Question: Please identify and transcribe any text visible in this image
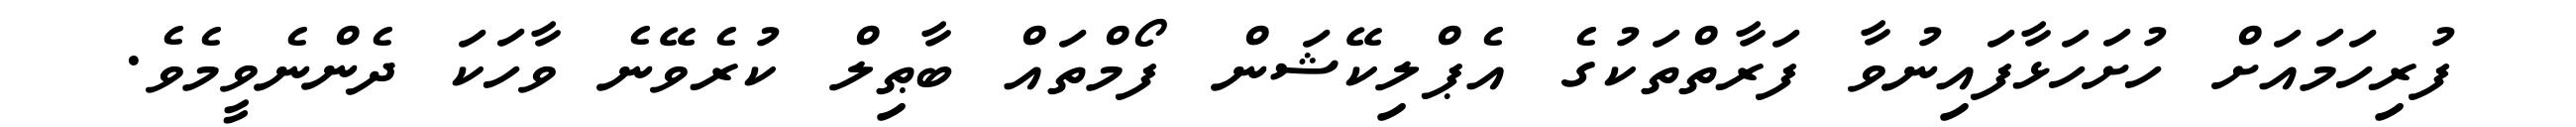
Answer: ފުރިހަމައަށް ހުށަހަޅާފައިނުވާ ފަރާތްތަކުގެ އެޕްލިކޭޝަން ފޯމްތައް ބާޠިލް ކުރެވޭނެ ވާހަކަ ދެންނެވީމެވެ.